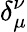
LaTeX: \delta_{\mu}^{\nu}